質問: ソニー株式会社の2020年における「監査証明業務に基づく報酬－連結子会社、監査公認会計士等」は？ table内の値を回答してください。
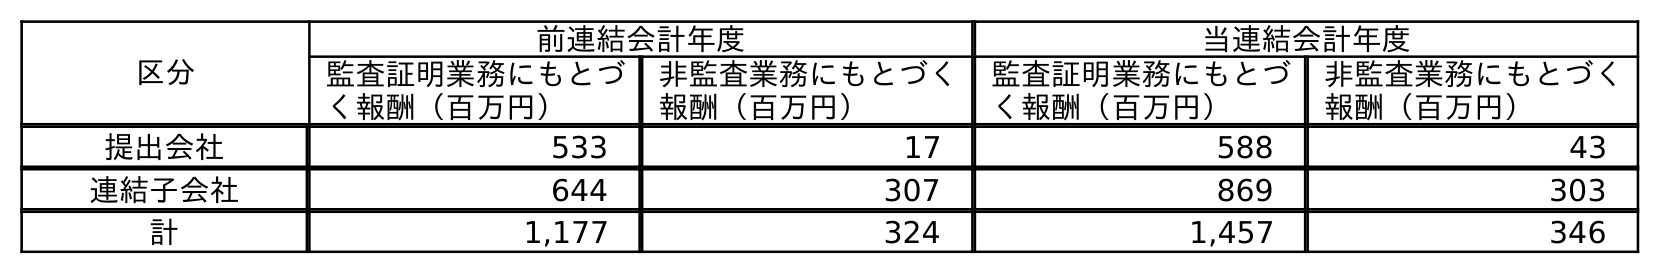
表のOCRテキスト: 区分 前連結会計年度 当連結会計年度 監査証明業務にもとづ く報酬（百万円） 非監査業務にもとづく 報酬（百万円） 監査証明業務にもとづ く報酬（百万円） 非監査業務にもとづく 報酬（百万円） 提出会社 533 17 588 43 連結子会社 644 307 869 303 計 1,177 324 1,457 346
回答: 869